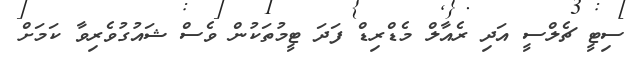
ސިޓީ ޗެލްސީ އަދި ރެއާލް މެޑްރިޑް ފަދަ ޓީމުތަކުން ވެސް ޝައުގުވެރިވާ ކަމަށް